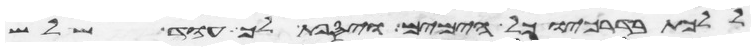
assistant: ללכת בדרכיו כל הימים ויספת לך עוד שלש